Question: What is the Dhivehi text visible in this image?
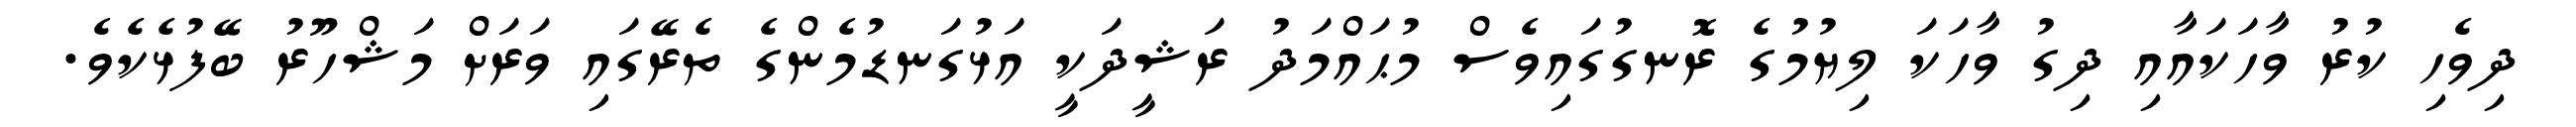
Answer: ދިވެހި ކުރު ވާހަކައާއި ދިގު ވާހަކަ ލިޔުމުގެ ރޮނގުގައިވެސް މުޙައްމަދު ރަޝީދަކީ އަޅުގަނޑުމެންގެ ތެރޭގައި ވަރަށް މަޝްހޫރު ބޭފުޅެކެވެ.